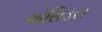
એસિડસ